Lunatic asylums Central Provinces reports 1895-1909 - 1895-1909
Year: 1895
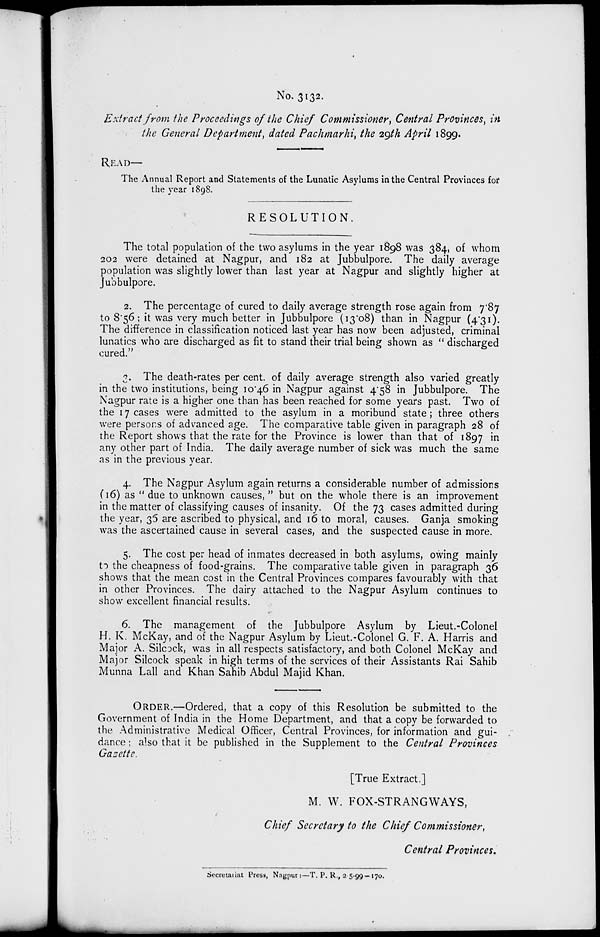
No. 3132.
Extract from the Proceedings of the Chief Commissioner, Central Provinces, in
the General Department, dated Pachmarhi, the 29th April 1899.
READ—
The Annual Report and Statements of the Lunatic Asylums in the Central Provinces for
the year 1898.
RESOLUTION.
The total population of the two asylums in the year 1898 was 384, of whom
202 were detained at Nagpur, and 182 at Jubbulpore. The daily average
population was slightly lower than last year at Nagpur and slightly higher at
Jubbulpore.
2. The percentage of cured to daily average strength rose again from 7.87
to 8.56; it was very much better in Jubbulpore (13.08) than in Nagpur (4.31).
The difference in classification noticed last year has now been adjusted, criminal
lunatics who are discharged as fit to stand their trial being shown as "discharged
cured."
3. The death-rates per cent. of daily average strength also varied greatly
in the two institutions, being 10.46 in Nagpur against 4.58 in Jubbulpore. The
Nagpur rate is a higher one than has been reached for some years past. Two of
the 17 cases were admitted to the asylum in a moribund state; three others
were persons of advanced age. The comparative table given in paragraph 28 of
the Report shows that the rate for the Province is lower than that of 1897 in
any other part of India. The daily average number of sick was much the same
as in the previous year.
4. The Nagpur Asylum again returns a considerable number of admissions
(16) as " due to unknown causes, " but on the whole there is an improvement
in the matter of classifying causes of insanity. Of the 73 cases admitted during
the year, 35 are ascribed to physical, and 16 to moral, causes. Ganja smoking
was the ascertained cause in several cases, and the suspected cause in more.
5. The cost per head of inmates decreased in both asylums, owing mainly
to the cheapness of food-grains. The comparative table given in paragraph 36
shows that the mean cost in the Central Provinces compares favourably with that
in other Provinces. The dairy attached to the Nagpur Asylum continues to
show excellent financial results.
6. The management of the Jubbulpore Asylum by Lieut.-Colonel
H. K. McKay, and of the Nagpur Asylum by Lieut.-Colonel G. F. A. Harris and
Major A. Silcock, was in all respects satisfactory, and both Colonel McKay and
Major Silcock speak in high terms of the services of their Assistants Rai Sahib
Munna Lall and Khan Sahib Abdul Majid Khan.
ORDER.—Ordered, that a copy of this Resolution be submitted to the
Government of India in the Home Department, and that a copy be forwarded to
the Administrative Medical Officer, Central Provinces, for information and gui-
dance ; also that it be published in the Supplement to the Central Provinces
Gazette.
[True Extract.]
M. W. FOX-STRANGWAYS,
Chief Secretary to the Chief Commissioner,
Central Provinces.
Secretariat Press, Nagpur:—T. P. R., 2-5-99 —170.